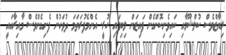
ރިޔާޒްވެސް ކުލްޝޫމާއި ކައިވެނިކޮށްގެން ފައިޒަން ލިބިފައި ހުރީ. އެންމެފުރަތަމަ ދުވަހުން ފެށިގެންވެސް މާއިރާއައީ